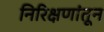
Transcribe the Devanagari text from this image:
निरिक्षणांतून